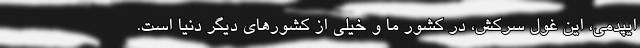
ایپدمی، این غول سرکش، در کشور ما و خیلی از کشورهای دیگر دنیا است.